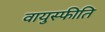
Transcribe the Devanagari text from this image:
वायुस्फीति